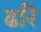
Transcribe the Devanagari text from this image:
ढरि